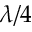
\lambda / 4